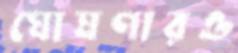
ঘোষণারও